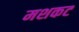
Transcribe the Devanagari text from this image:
मशकट